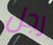
رجل